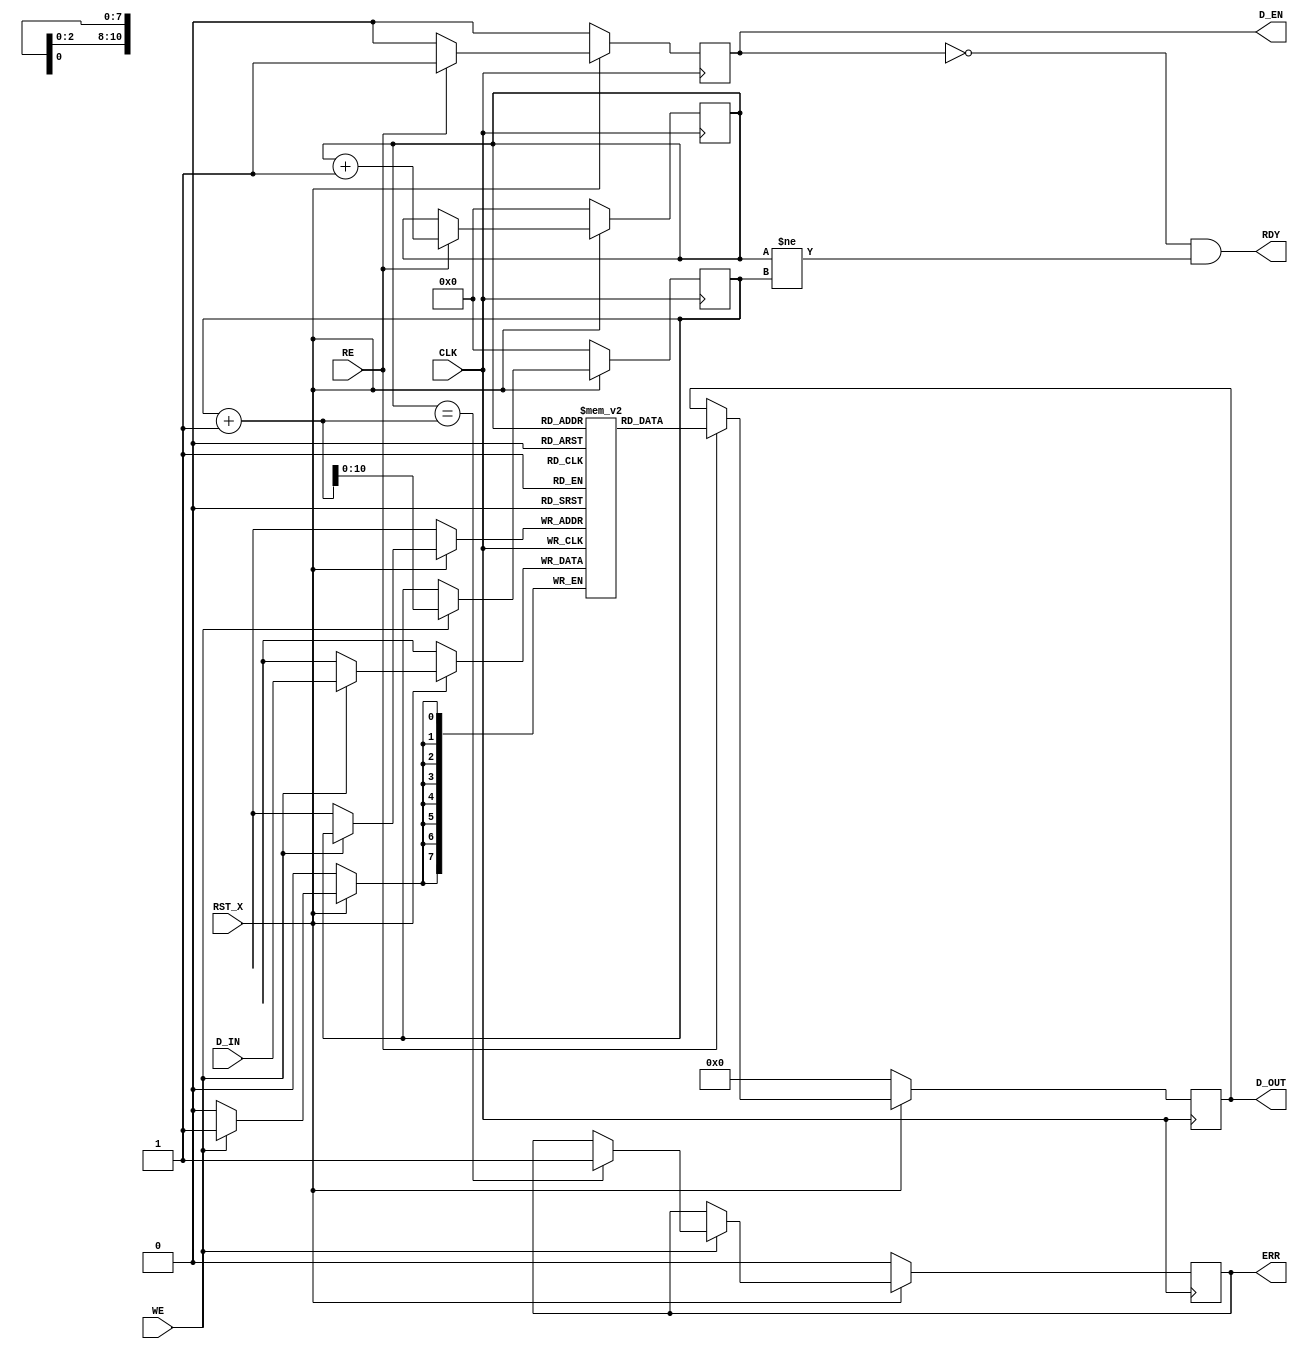
module TX_FIFO(CLK, RST_X, D_IN, WE, RE, D_OUT, D_EN, RDY, ERR);
   input  wire       CLK, RST_X, WE, RE;
   input  wire [7:0] D_IN;
   output reg [7:0]  D_OUT;
   output reg        D_EN, ERR;
   output wire       RDY;
   reg [7:0] 	     mem [0:2048-1]; 
   reg [10:0] 	     head, tail;    
   assign RDY = (D_EN==0 && head!=tail);
   always @(posedge CLK) begin
      if(~RST_X) begin 
         {D_EN, ERR, head, tail, D_OUT} <= 0;
      end
      else begin            
         if(WE) begin  
            mem[tail] <= D_IN;
            tail <= tail + 1;
            if(head == (tail + 1)) ERR <= 1; 
         end
         if(RE) begin  
            D_OUT <= mem[head];
            D_EN  <= 1;
            head <= head + 1;
         end else begin
            D_EN <= 0;
         end
      end
   end
endmodule